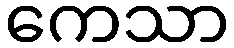
ကေသာ